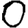
Digit: 0